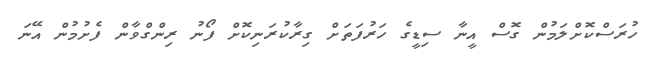
ހުރަސްކޮށްލަމުން ގޮސް އީނާ ސިޑީގެ ހަރުފަތަށް ގިރާކުރަނިކޮށް ފޯނު ރިންގްވާން ފެށުމުން އޭނަ